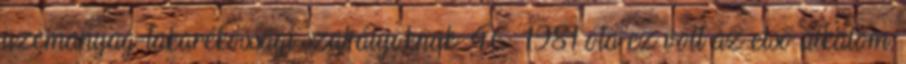
üzemanyag-takarékossági szabályoknak. 46 1981 óta ez volt az első alkalom,